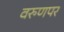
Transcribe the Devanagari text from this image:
वरुणपर